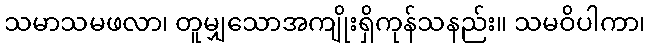
သမာသမဖလာ၊ တူမျှသောအကျိုးရှိကုန်သနည်း။ သမဝိပါကာ၊